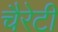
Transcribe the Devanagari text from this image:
चैरेटी